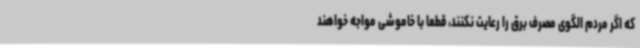
که اگر مردم الگوی مصرف برق را رعایت نکنند، قطعا با خاموشی مواجه خواهند